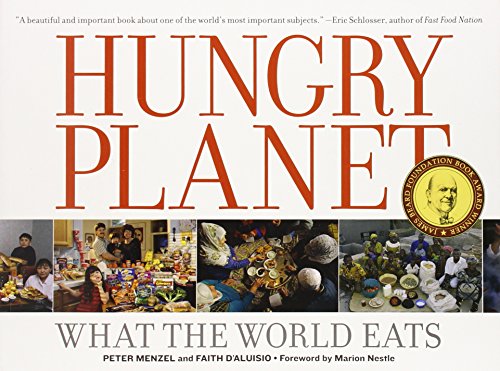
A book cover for Hungry Planet: What the World Eats; Peter Menzel; Arts & Photography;